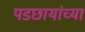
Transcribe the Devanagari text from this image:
पडछायांच्या